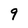
Character: 9